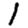
Digit: 1